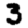
Digit: 3